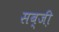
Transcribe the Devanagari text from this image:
सब्जी़